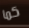
كما